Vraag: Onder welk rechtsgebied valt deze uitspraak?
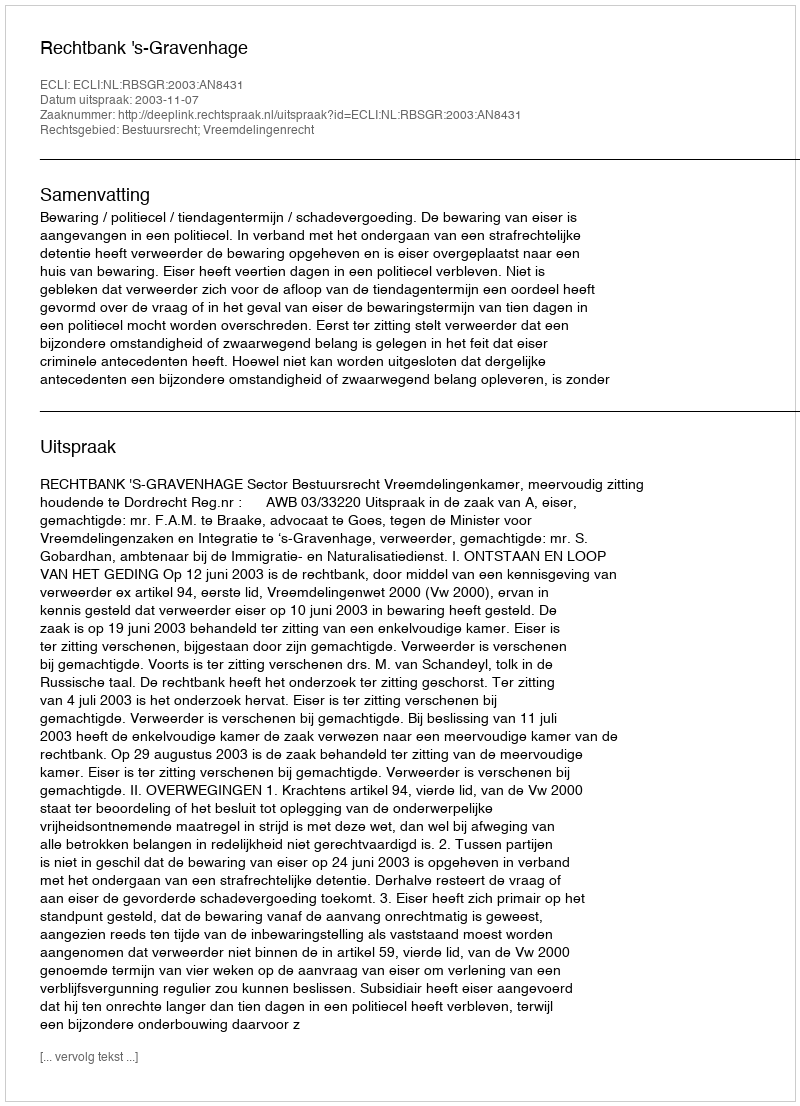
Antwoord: Bestuursrecht; Vreemdelingenrecht